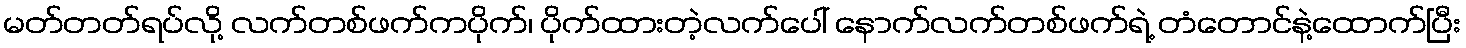
မတ်တတ်ရပ်လို့ လက်တစ်ဖက်ကပိုက်၊ ပိုက်ထားတဲ့လက်ပေါ် နောက်လက်တစ်ဖက်ရဲ့ တံတောင်နဲ့ထောက်ပြီး